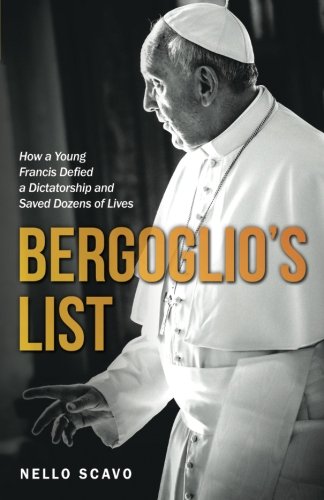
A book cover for Bergoglio's List: How a Young Francis Defied a Dictatorship and Saved Dozens of Lives; Nello Scavo; Religion & Spirituality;